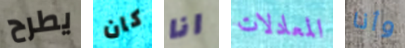
يطرح كان انا المعادلات وأنا